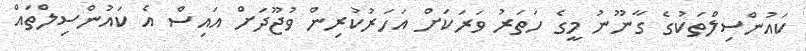
ކައުންސިލްތަކުގެ ގާނޫނު މީގެ ހަތަރު ވަރަކަށް އަހަރުކުރިން ވުޖޫދަށް އައިސް އެ ކައުންސިލްތައް